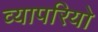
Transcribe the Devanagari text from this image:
व्यापरियो